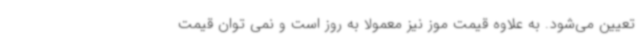
تعیین می‌شود. به علاوه قیمت موز نیز معمولا به روز است و نمی توان قیمت